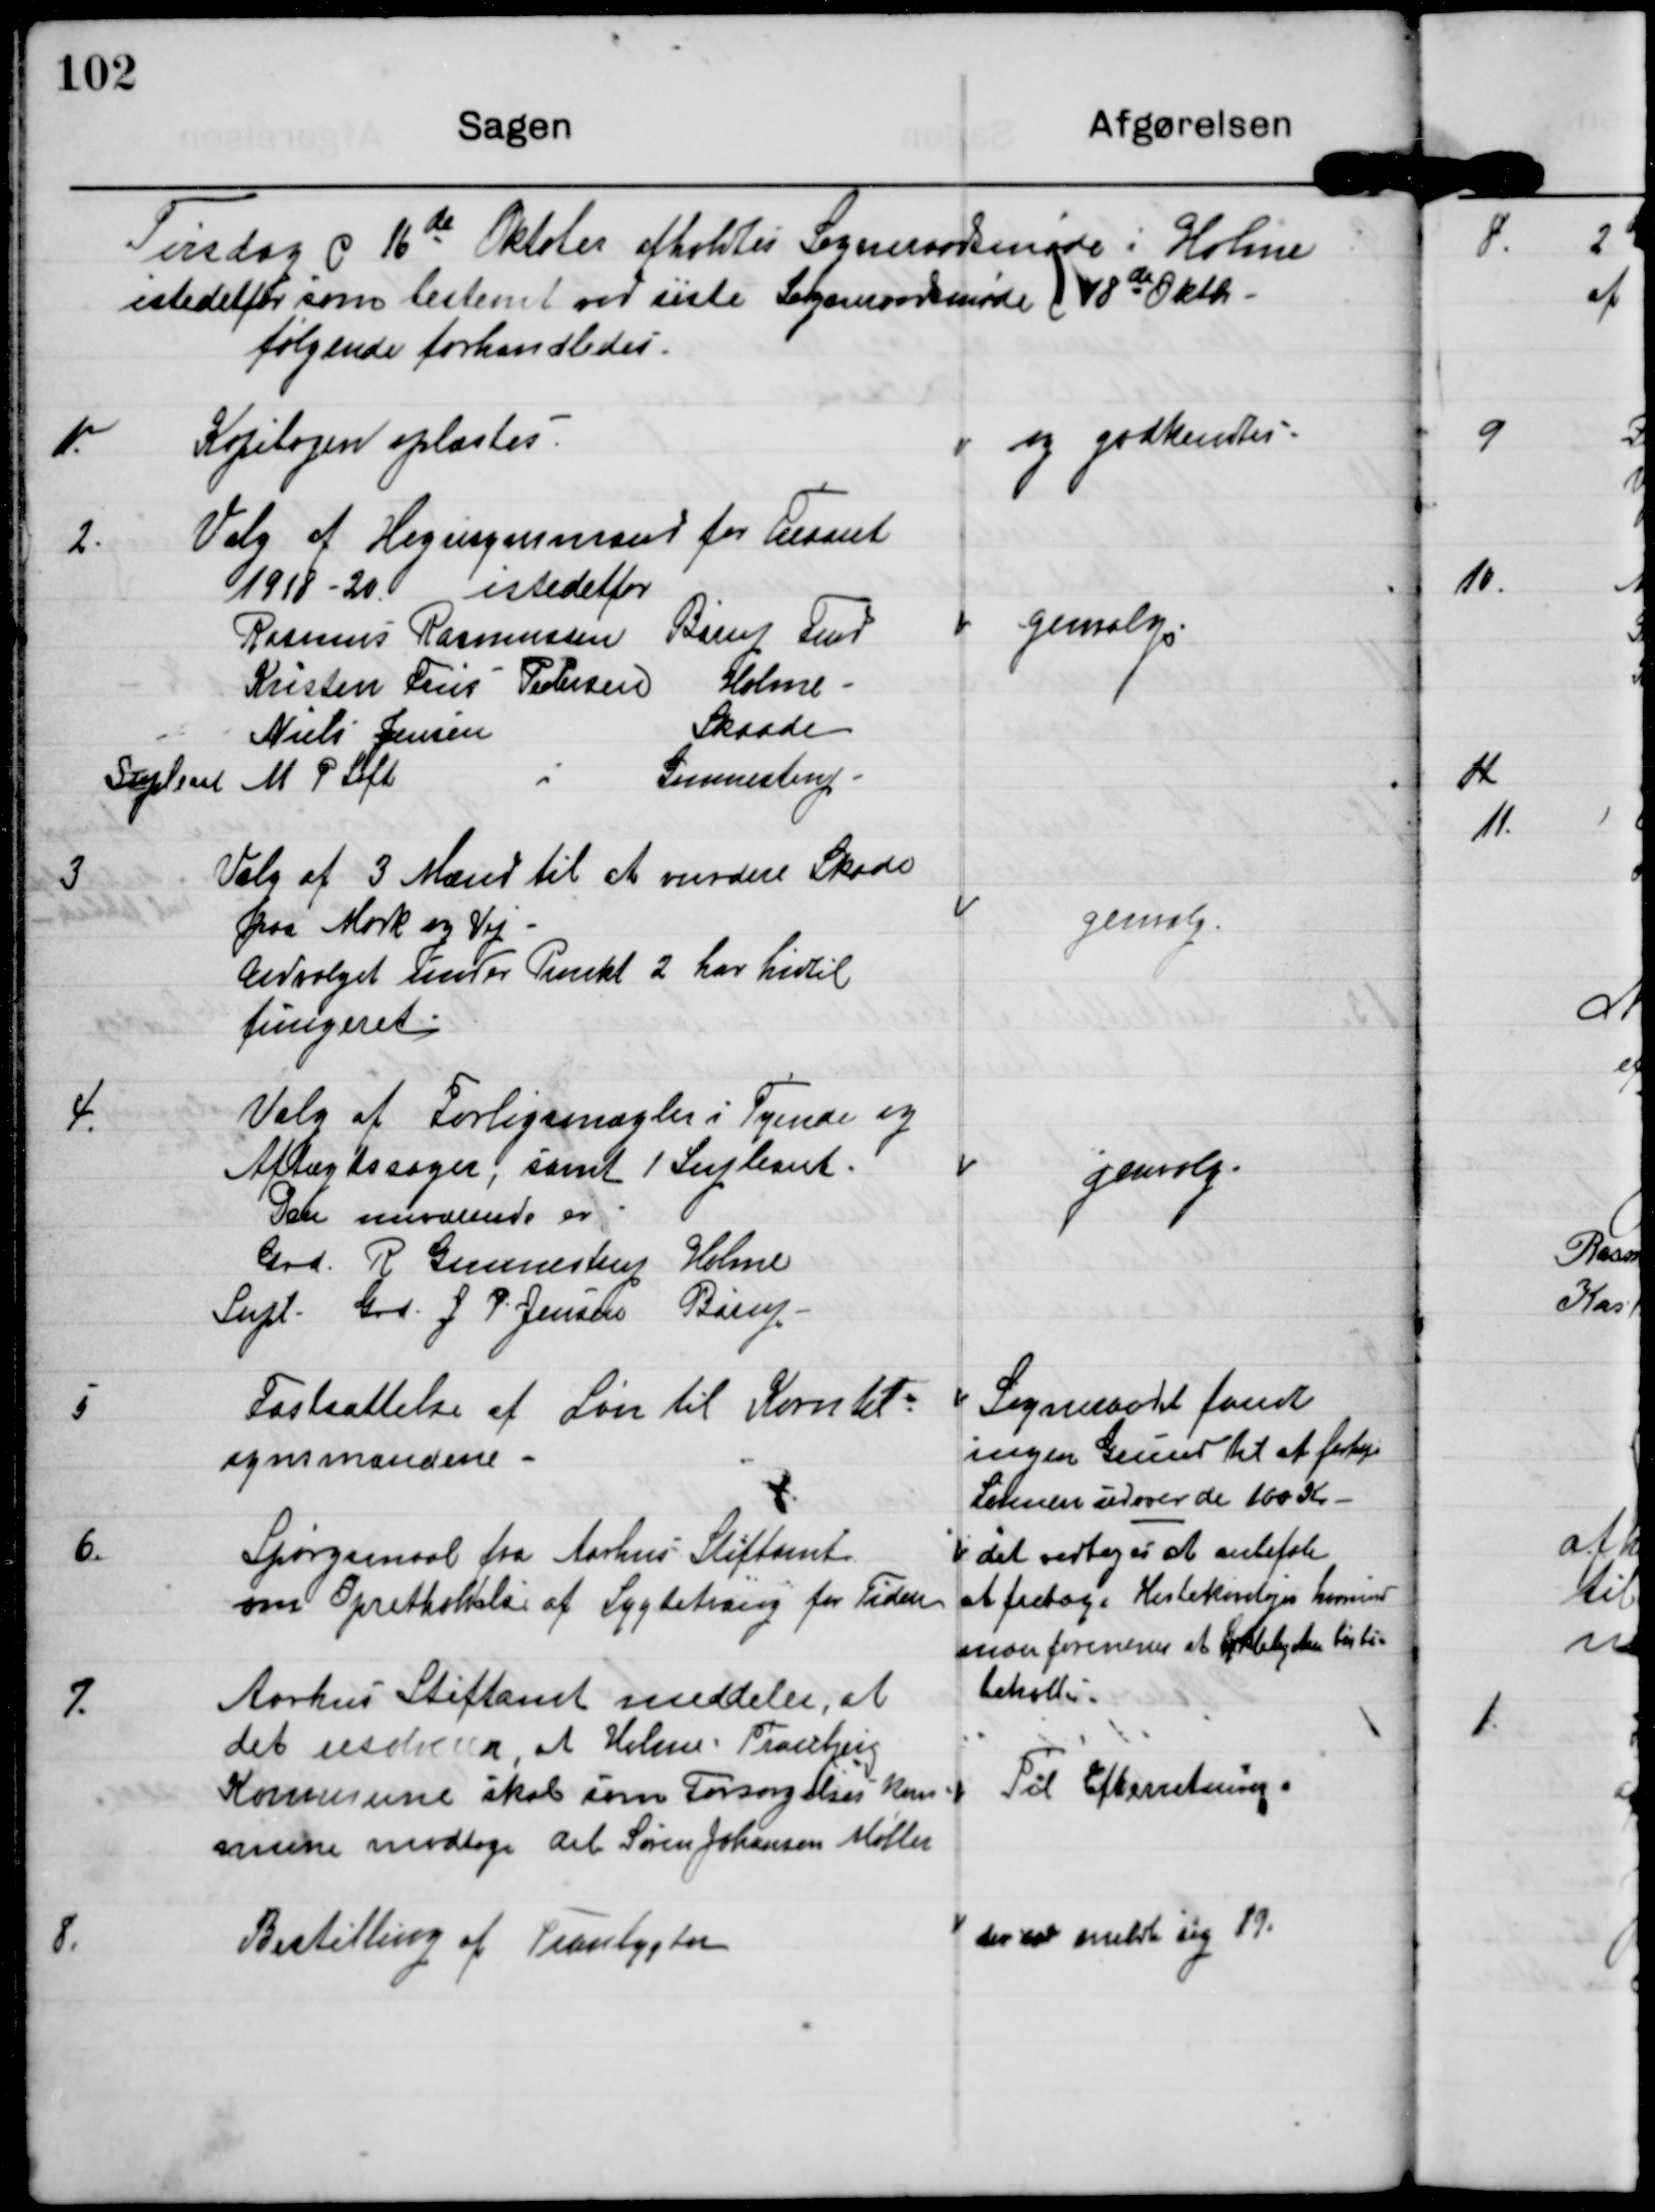
Transskription:
Tirsdag d 16de Oktober afholdtes Sogneraadsmøde i Holme
istedetfor som bestemt ved siste Sogneraadsmøde d 18de Oktb.
følgende forhandledes

1.

Kopibogen oplæstes

og godkendtes

2.

Valg af Hegningsmand for Foraaret
1918-20 istedetfor
Rasmus Rasmussen Børup Fmd.
Kristen Friis Pedersen Holme
Niels Jensen
Skaade
Supleant M P Loft
i
Gunnestrup

genvalg

3

Valg af 3 Mand til at vurdere Skade
paa Mark og Vej
Udvalget under Punkt 2 har hidtil
fungeret.

genvalg

4.

Valg af Forligsmægler i Tyende og
Aftægtssager, samt 1 Supleant
Den nuværende er
Grd. R Gunnestrup Holme
Supl. Grd J P Jensen Børup

genvalg

5

Fastsættelse af Løn til Korntil-
synsmændene.

Sogneraadet fandt
ingen Grund til at forøge
Lønnen udover de 100 Kr

6.

Spørgsmaal fra Aarhus Stiftamt
om Opretholdelse af Lygtetvang for Tiden

det vedtoges at anbefale
at fritage Hestekøretøjer hvorimod
man formener at Cykellygter bør
beholdes

7.

Aarhus Stiftamt meddeler, at
det resolverer, at Holme-Tranbjerg
Kommune skal som Forsørgelseskom-
mune modtage Arb. Søren Johansen Møller.

Til Efterretning

8.

Bestilling af Tranlygter

der var meldte sig 19.